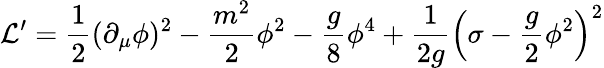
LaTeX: \mathcal{L}^{\prime}=\frac{1}{2}(\partial_{\mu}\phi)^{2}-\frac{m^{2}}{2}\phi^{2}-\frac{g}{8}\phi^{4}+\frac{1}{2g}\left(\sigma-\frac{g}{2}\phi^{2}\right)^{2}